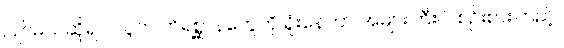
ပြိုင်မယ်ဆိုရင် လူက တိရစ္ဆာန်တွေကို ရှုံးနေတာ အများကြီးပဲ၊ စဉ်းစားကြည့်။